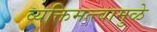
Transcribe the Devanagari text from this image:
व्यक्तिमत्त्वामुळे